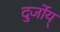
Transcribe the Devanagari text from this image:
दुर्जोय्